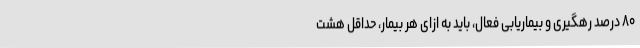
۸۰ درصد رهگیری و بیماریابی فعال، باید به ازای هر بیمار، حداقل هشت